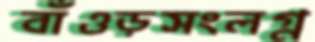
বাঁওড়সংলগ্ন